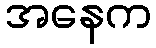
အနေက